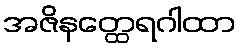
အဇိနတ္ထေရဂါထာ